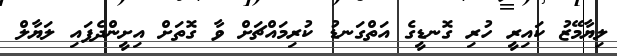
ލިޔާމޭޒު ކައިރީ ހުރި ގޮނޑީގެ އަތްގަނޑު ކުރިމައްޗަށް ވާ ގޮތަށް އިށީންދެފައި ލަޔާލް